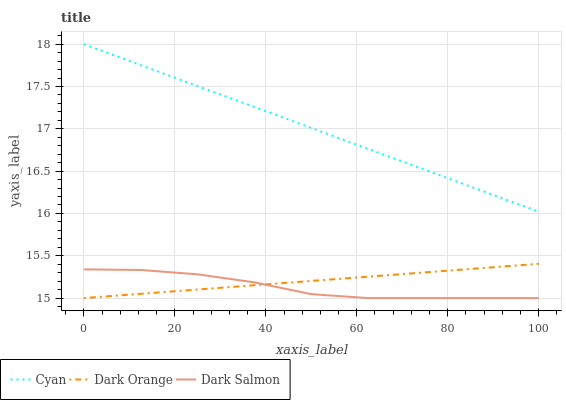
| xaxis_label | Cyan | Dark Orange | Dark Salmon |
 | --- | --- | --- | --- |
 | 0 | 18 | 15 | 15.3 |
 | 12.5 | 17.8 | 15.1 | 15.3 |
 | 25 | 17.5 | 15.1 | 15.3 |
 | 37.5 | 17.3 | 15.2 | 15.2 |
 | 50 | 17 | 15.2 | 15 |
 | 62.5 | 16.8 | 15.3 | 15 |
 | 75 | 16.5 | 15.3 | 15 |
 | 87.5 | 16.3 | 15.4 | 15 |
 | 100 | 16 | 15.4 | 15 |